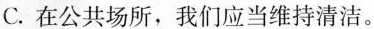
C.在公共场所，我们应当维持清洁。